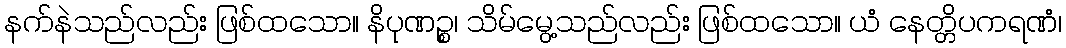
နက်နဲသည်လည်း ဖြစ်ထသော။ နိပုဏဉ္စ၊ သိမ်မွေ့သည်လည်း ဖြစ်ထသော။ ယံ နေတ္တိပကရဏံ၊